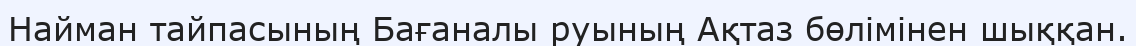
Найман тайпасының Бағаналы руының Ақтаз бөлімінен шыққан.